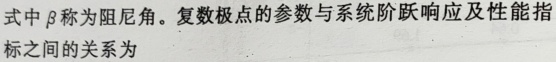
式中$\beta$称为阻尼角。复数极点的参数与系统阶跃响应及性能指标之间的关系为